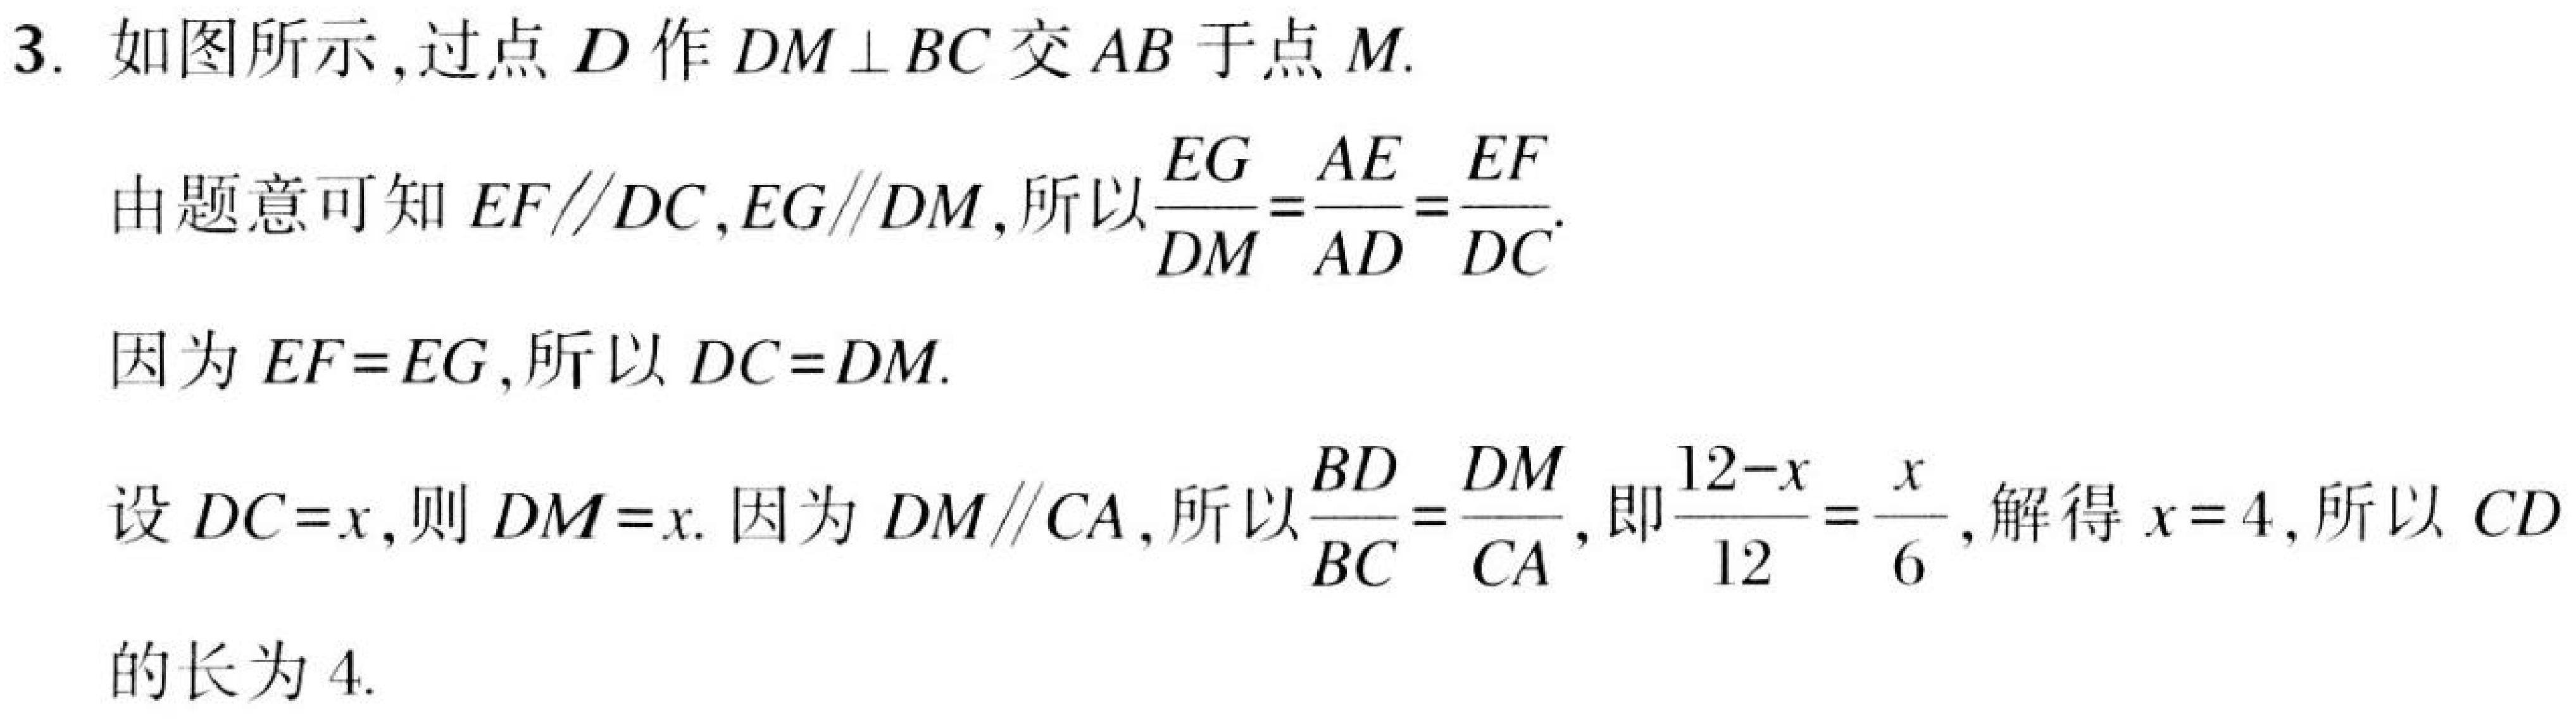
3. 如图所示,过点\(D\)作\(DM\perp BC\)交\(AB\)于点\(M\).

由题意可知\(EF\parallel DC\),\(EG\parallel DM\),所以\(\frac{EG}{DM}=\frac{AE}{AD}=\frac{EF}{DC}\).

因为\(EF = EG\),所以\(DC = DM\).

设\(DC=x\),则\(DM = x\). 因为\(DM\parallel CA\),所以\(\frac{BD}{BC}=\frac{DM}{CA}\),即\(\frac{12 - x}{12}=\frac{x}{6}\),解得\(x = 4\),所以\(CD\)
的长为\(4\).